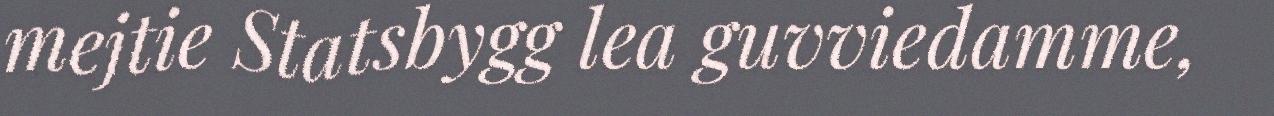
mejtie Statsbygg lea guvviedamme,